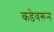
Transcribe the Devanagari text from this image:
कडेवरून